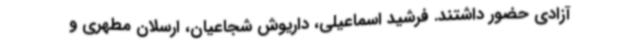
آزادی حضور داشتند. فرشید اسماعیلی، داریوش شجاعیان، ارسلان مطهری و